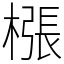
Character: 㯑